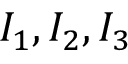
I _ { 1 } , I _ { 2 } , I _ { 3 }